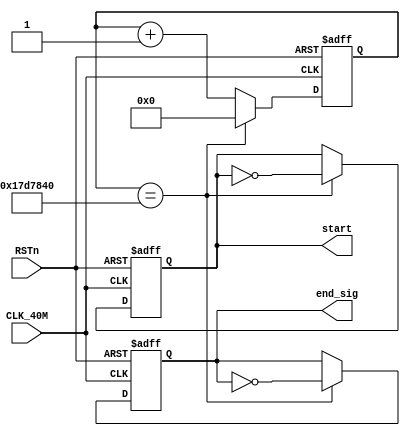
module sync_module
(
	input CLK_40M,
	input RSTn,
	output reg end_sig,
	output reg start
);	
	
	
	
	reg [31:0] Count;
	parameter T1s = 32'd25_000_000;
	
	
	
	always @ (posedge CLK_40M or negedge RSTn)
	if(!RSTn)
	begin
		end_sig <= 1'b0;
		start <= 1'b1;
	end
	else if(Count == T1s)
			begin
				start <= ~start;
				end_sig <= ~end_sig;
			end
	else
	begin
		end_sig <= end_sig;
		start <= start;
	end
	
	

	always @ (posedge CLK_40M or negedge RSTn)
	if(!RSTn)
	begin
		Count <= 32'b0;
	end
	else if(Count == T1s)
			Count <= 32'b0;
	else
		Count <= Count + 32'd1;
	
	
endmodule